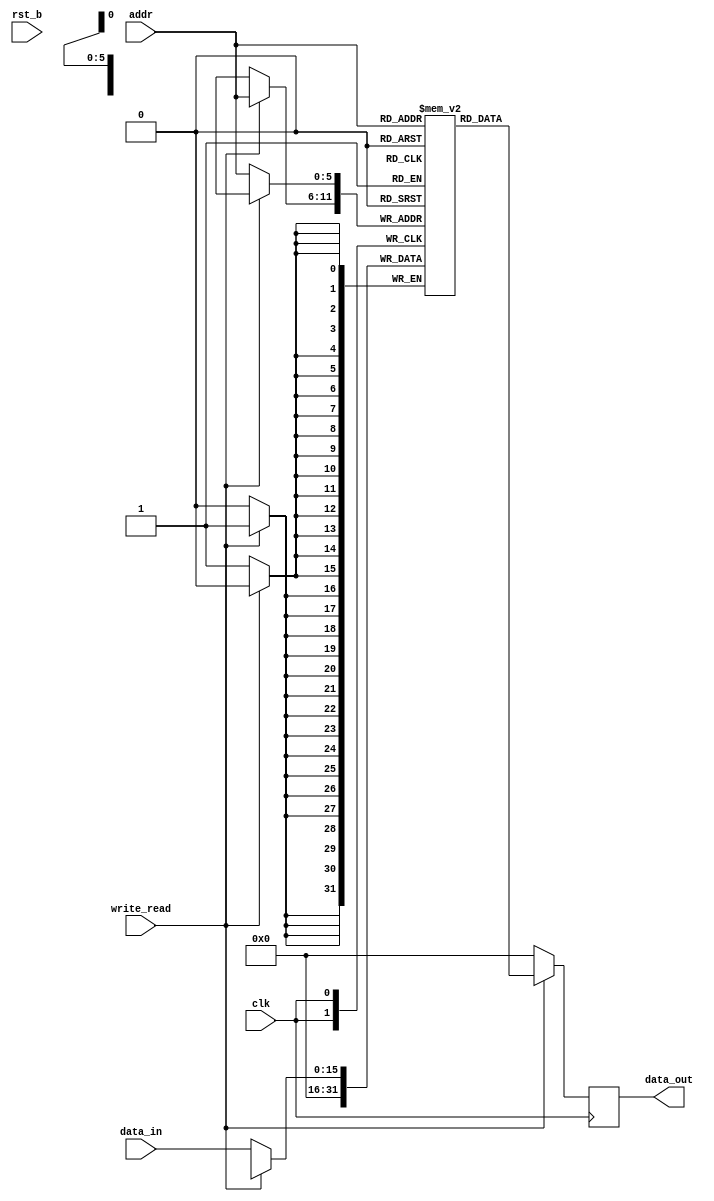
//Memory.v
//Function : Memory.v Module
//
module Memory(clk,
              rst_b,
              addr,
              data_in,
              write_read,
              data_out);

input wire clk;
input wire rst_b;
input wire [5:0]addr;
input wire [15:0]data_in;
input wire write_read;     //0 for write & 1 for read

output reg [15:0]data_out;

reg [15:0]Memory[63:0];

always @(posedge clk)
if (!write_read)                //Write
    Memory[addr] <= data_in;
else 
    Memory[addr] <= 16'b0;

always @(posedge clk)
if(write_read)                  //READ
    data_out <= Memory[addr];
else 
    data_out <= 16'b0;

endmodule